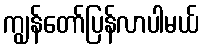
ကျွန်တော်ပြန်လာပါမယ်